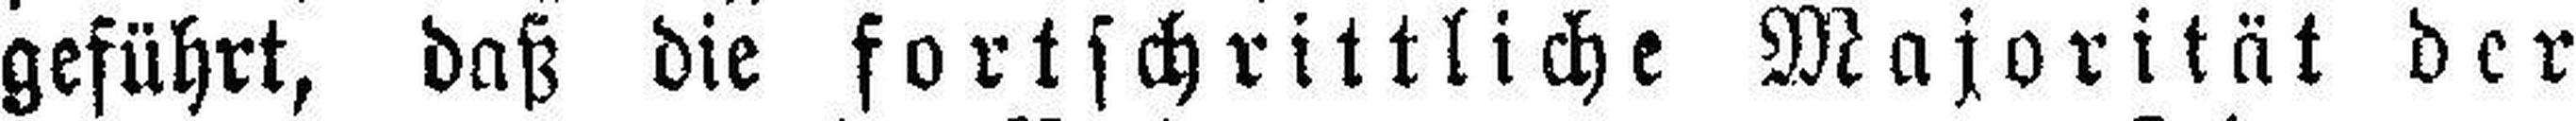
geführt, daß die fortschrittliche Majorität der